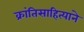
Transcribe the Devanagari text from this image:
क्रांतिसाहित्याने